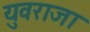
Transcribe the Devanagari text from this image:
युवराजा